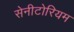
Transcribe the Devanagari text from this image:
सेनीटोरियम